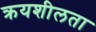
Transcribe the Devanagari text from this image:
क्रयशीलता